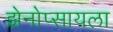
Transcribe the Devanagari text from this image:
झेनोप्सायला